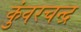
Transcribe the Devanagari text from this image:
कुंवरचन्द्र